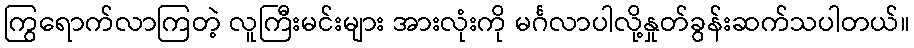
ကြွရောက်လာကြတဲ့ လူကြီးမင်းများ အားလုံးကို မင်္ဂလာပါလို့နှုတ်ခွန်းဆက်သပါတယ်။